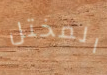
المختل